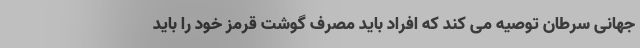
جهانی سرطان توصیه می کند که افراد باید مصرف گوشت قرمز خود را باید